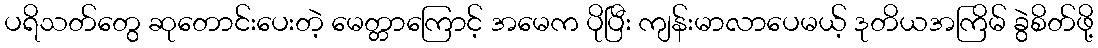
ပရိသတ်တွေ ဆုတောင်းပေးတဲ့ မေတ္တာကြောင့် အမေက ပိုပြီး ကျန်းမာလာပေမယ့် ဒုတိယအကြိမ် ခွဲစိတ်ဖို့